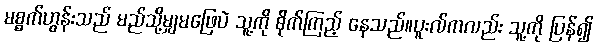
မစ္စက်ဟွန်းသည် မည်သို့မျှမဖြေပဲ သူ့ကို စိုက်ကြည့် နေသည်။ပူးလ်ကလည်း သူ့ကို ပြန်၍